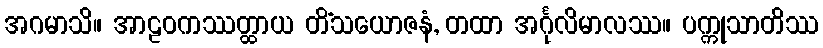
အဂမာသိ။ အာဠဝကဿတ္ထာယ တိံသယောဇနံ, တထာ အင်္ဂုလိမာလဿ။ ပက္ကုသာတိဿ